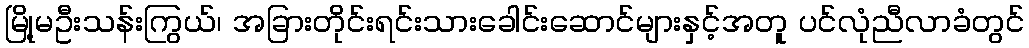
မြို့မဦးသန်းကြွယ်၊ အခြားတိုင်းရင်းသားခေါင်းဆောင်များနှင့်အတူ ပင်လုံညီလာခံတွင်